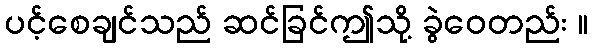
ပင့်စေချင်သည် ဆင်ခြင်ဤသို့ ခွဲဝေတည်း ။